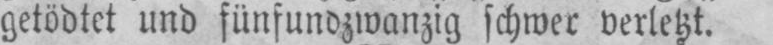
getödtet und fünfundzwanzig schwer verletzt.